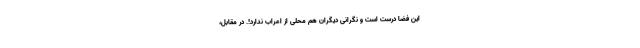
این فضا درست است و نگرانی دیگران هم محلی از اعراب ندارد!. در مقابل،